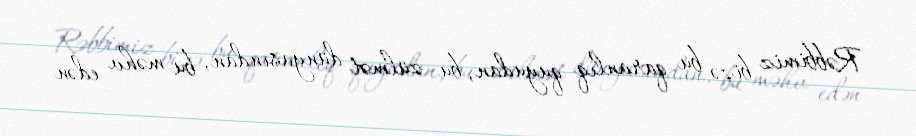
Rəbbimiz bizə bu qaranlıq quyudan, bu zülmət dünyasından, bu məhv edən